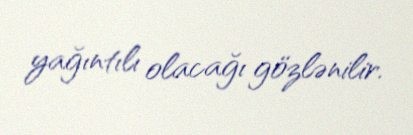
yağıntılı olacağı gözlənilir.